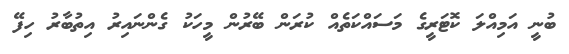
ބުނީ އަމިއްލަ ކޮޓަރީގެ މަސައްކަތެއް ކުރަން ބޭރުން މީހަކު ގެންނައިރު އިތުބާރު ހިފޭ